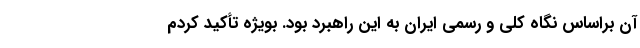
آن براساس نگاه کلی و رسمی ایران به این راهبرد بود. بویژه تأکید کردم